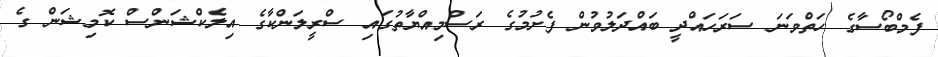
ފެމްބޯސާގެ ހަތްވަނަ ސަރަހައްދީ ބައްދަލުވުން ފެށުމުގެ ރަސްމިއްޔާތުގައި ސްރީލަންކާގެ އިލެކްޝަންސް ކޮމިޝަން ގެ